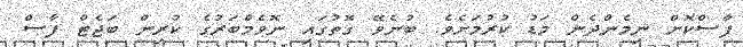
ފާސްކޮށް ނިމެންދެން މަޑު ކުރުމަށެވެ. ބުނެވޭ ގޮތުގައި ނޮވެމްބަރުގެ ކުރިން ބަޖެޓް ފާސް